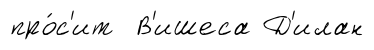
про́с'ит В'ишеса Д'илан